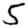
Digit: 5